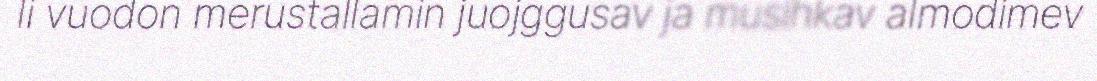
li vuodon merustallamin juojggusav ja musihkav almodimev